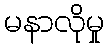
မနာလိုမှု